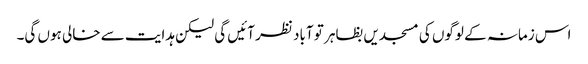
اس زمانہ کے لوگوں کی مسجدیں بظاہر تو آباد نظر آئیں گی لیکن ہدایت سے خالی ہوں گی۔